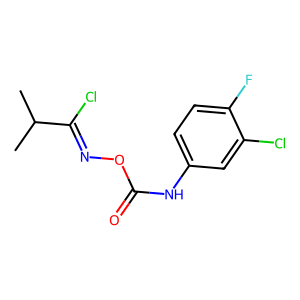
SMILES: CC(C)C(Cl)=NOC(=O)Nc1ccc(F)c(Cl)c1
Inhibits HIV replication: No